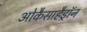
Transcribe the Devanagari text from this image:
ओकैसाहैड्रॉन